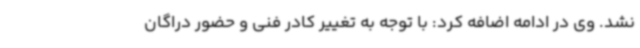
نشد. وی در ادامه اضافه کرد: با توجه به تغییر کادر فنی و حضور دراگان